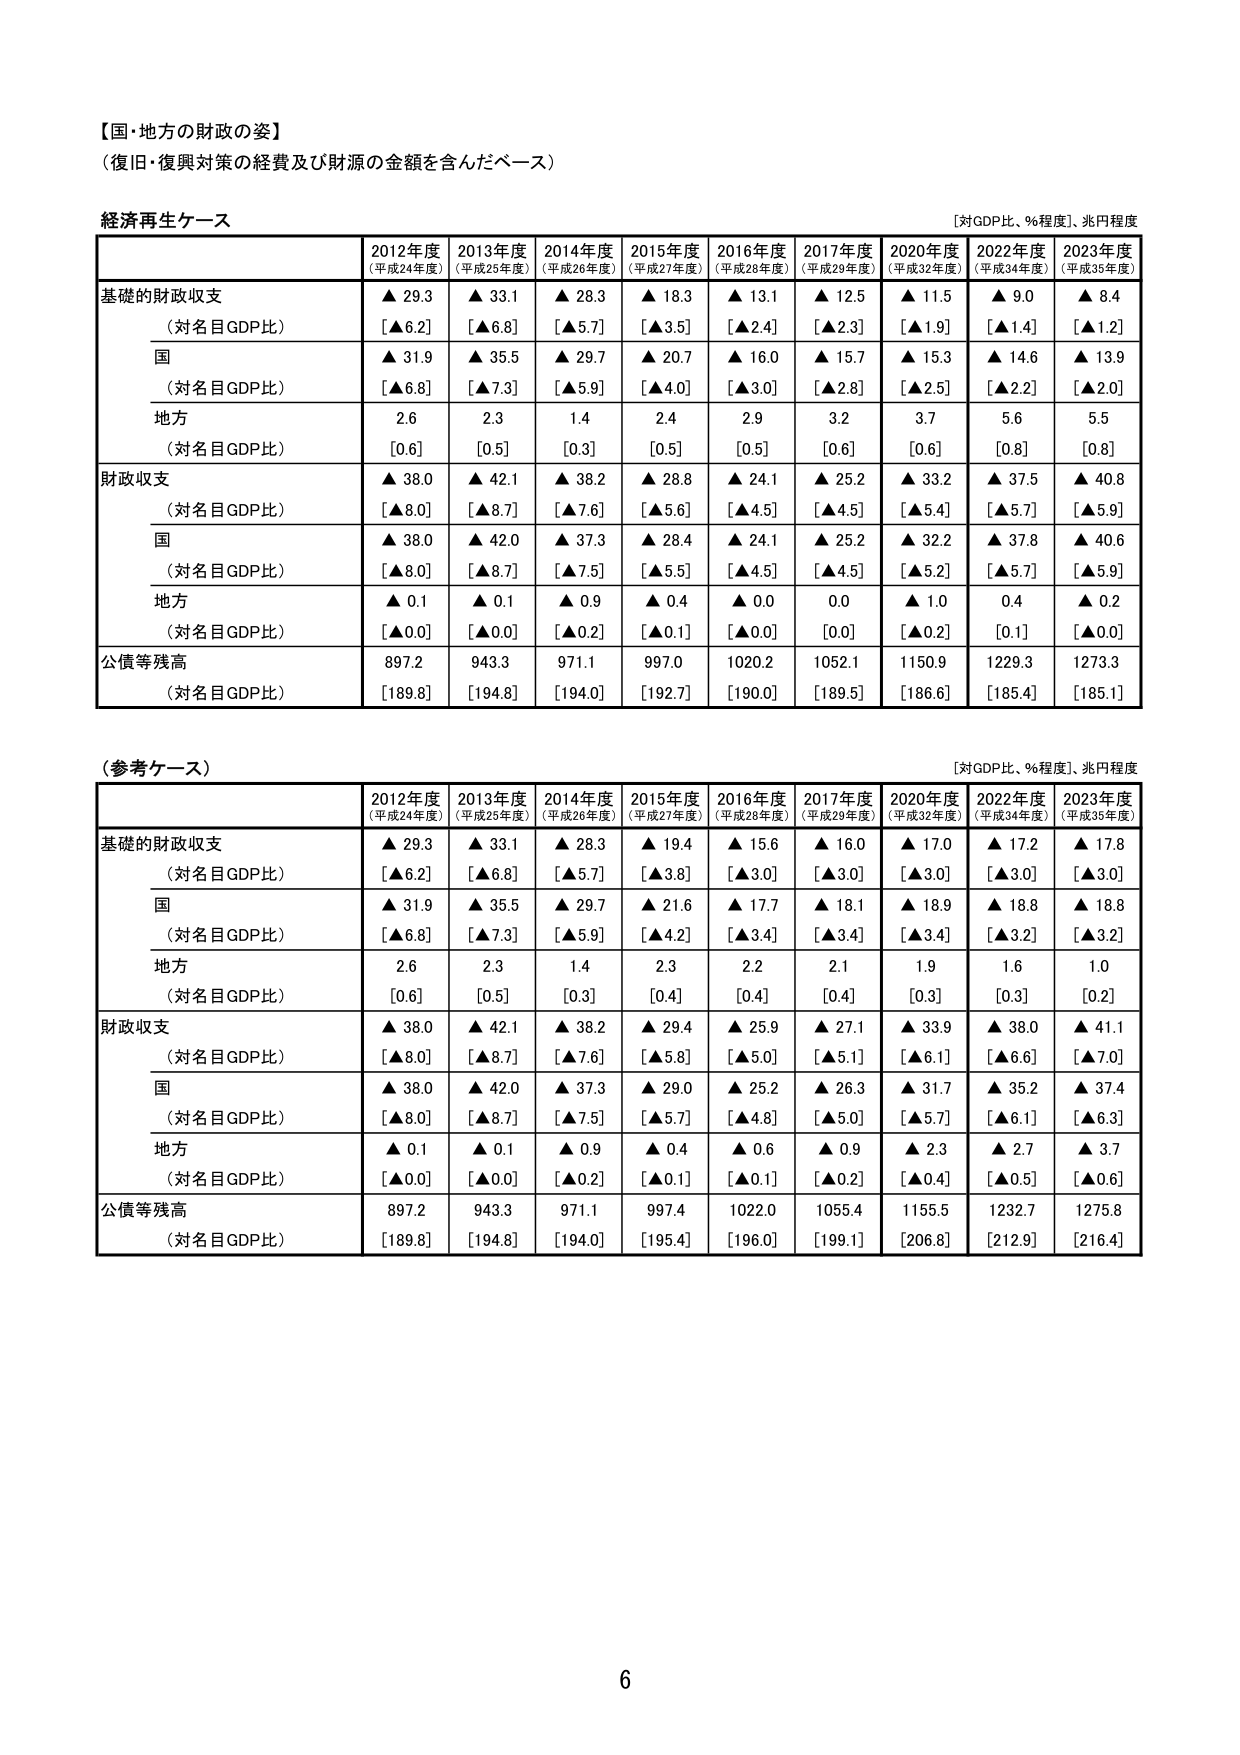
【国・地方の財政の姿】
（復旧・復興対策の経費及び財源の金額を含んだベース）

経済再生ケース
［対GDP比、％程度］、兆円程度

2012年度
（平成24年度）
2013年度
（平成25年度）
2014年度
（平成26年度）
2015年度
（平成27年度）
2016年度
（平成28年度）
2017年度
（平成29年度）
2020年度
（平成32年度）
2022年度
（平成34年度）
2023年度
（平成35年度）

基礎的財政収支
▲ 29.3
［▲6.2］
▲ 33.1
［▲6.8］
▲ 28.3
［▲5.7］
▲ 18.3
［▲3.5］
▲ 13.1
［▲2.4］
▲ 12.5
［▲2.3］
▲ 11.5
［▲1.9］
▲ 9.0
［▲1.4］
▲ 8.4
［▲1.2］

（対名目GDP比）

国
▲ 31.9
［▲6.8］
▲ 35.5
［▲7.3］
▲ 29.7
［▲5.9］
▲ 20.7
［▲4.0］
▲ 16.0
［▲3.0］
▲ 15.7
［▲2.8］
▲ 15.3
［▲2.5］
▲ 14.6
［▲2.2］
▲ 13.9
［▲2.0］

（対名目GDP比）

地方
2.6
［0.6］
2.3
［0.5］
1.4
［0.3］
2.4
［0.5］
2.9
［0.5］
3.2
［0.6］
3.7
［0.6］
5.6
［0.8］
5.5
［0.8］

（対名目GDP比）

財政収支
▲ 38.0
［▲8.0］
▲ 42.1
［▲8.7］
▲ 38.2
［▲7.6］
▲ 28.8
［▲5.6］
▲ 24.1
［▲4.5］
▲ 25.2
［▲4.5］
▲ 33.2
［▲5.4］
▲ 37.5
［▲5.7］
▲ 40.8
［▲5.9］

（対名目GDP比）

国
▲ 38.0
［▲8.0］
▲ 42.0
［▲8.7］
▲ 37.3
［▲7.5］
▲ 28.4
［▲5.5］
▲ 24.1
［▲4.5］
▲ 25.2
［▲4.5］
▲ 32.2
［▲5.2］
▲ 37.8
［▲5.7］
▲ 40.6
［▲5.9］

（対名目GDP比）

地方
▲ 0.1
［▲0.0］
▲ 0.1
［▲0.0］
▲ 0.9
［▲0.2］
▲ 0.4
［▲0.1］
▲ 0.0
［▲0.0］
0.0
［0.0］
▲ 1.0
［▲0.2］
0.4
［0.1］
▲ 0.2
［▲0.0］

（対名目GDP比）

公債等残高
897.2
［189.8］
943.3
［194.8］
971.1
［194.0］
997.0
［192.7］
1020.2
［190.0］
1052.1
［189.5］
1150.9
［186.6］
1229.3
［185.4］
1273.3
［185.1］

（対名目GDP比）

（参考ケース）
［対GDP比、％程度］、兆円程度

2012年度
（平成24年度）
2013年度
（平成25年度）
2014年度
（平成26年度）
2015年度
（平成27年度）
2016年度
（平成28年度）
2017年度
（平成29年度）
2020年度
（平成32年度）
2022年度
（平成34年度）
2023年度
（平成35年度）

基礎的財政収支
▲ 29.3
［▲6.2］
▲ 33.1
［▲6.8］
▲ 28.3
［▲5.7］
▲ 19.4
［▲3.8］
▲ 15.6
［▲3.0］
▲ 16.0
［▲3.0］
▲ 17.0
［▲3.0］
▲ 17.2
［▲3.0］
▲ 17.8
［▲3.0］

（対名目GDP比）

国
▲ 31.9
［▲6.8］
▲ 35.5
［▲7.3］
▲ 29.7
［▲5.9］
▲ 21.6
［▲4.2］
▲ 17.7
［▲3.4］
▲ 18.1
［▲3.4］
▲ 18.9
［▲3.4］
▲ 18.8
［▲3.2］
▲ 18.8
［▲3.2］

（対名目GDP比）

地方
2.6
［0.6］
2.3
［0.5］
1.4
［0.3］
2.3
［0.4］
2.2
［0.4］
2.1
［0.4］
1.9
［0.3］
1.6
［0.3］
1.0
［0.2］

（対名目GDP比）

財政収支
▲ 38.0
［▲8.0］
▲ 42.1
［▲8.7］
▲ 38.2
［▲7.6］
▲ 29.4
［▲5.8］
▲ 25.9
［▲5.0］
▲ 27.1
［▲5.1］
▲ 33.9
［▲6.1］
▲ 38.0
［▲6.6］
▲ 41.1
［▲7.0］

（対名目GDP比）

国
▲ 38.0
［▲8.0］
▲ 42.0
［▲8.7］
▲ 37.3
［▲7.5］
▲ 29.0
［▲5.7］
▲ 25.2
［▲4.8］
▲ 26.3
［▲5.0］
▲ 31.7
［▲5.7］
▲ 35.2
［▲6.1］
▲ 37.4
［▲6.3］

（対名目GDP比）

地方
▲ 0.1
［▲0.0］
▲ 0.1
［▲0.0］
▲ 0.9
［▲0.2］
▲ 0.4
［▲0.1］
▲ 0.6
［▲0.1］
▲ 0.9
［▲0.2］
▲ 2.3
［▲0.4］
▲ 2.7
［▲0.5］
▲ 3.7
［▲0.6］

（対名目GDP比）

公債等残高
897.2
［189.8］
943.3
［194.8］
971.1
［194.0］
997.4
［195.4］
1022.0
［196.0］
1055.4
［199.1］
1155.5
［206.8］
1232.7
［212.9］
1275.8
［216.4］

（対名目GDP比）

6